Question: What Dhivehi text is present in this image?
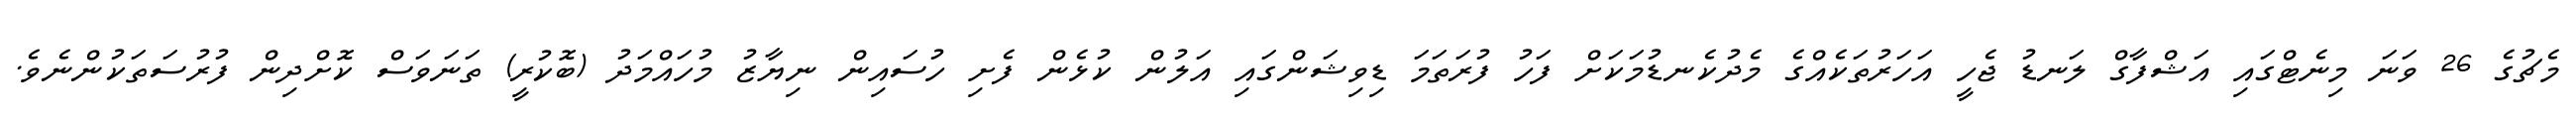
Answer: މެޗުގެ 26 ވަނަ މިނެޓްގައި އަޝްފާގް ލަނޑު ޖެހީ އަހަރުތަކެއްގެ މެދުކެނޑުމަކަށް ފަހު ފުރަތަމަ ޑިވިޝަންގައި އަލުން ކުޅެން ފެށި ހުސައިން ނިޔާޒު މުހައްމަދު (ބޮކުރީ) ތަނަވަސް ކޮށްދިން ފުރުސަތަކުންނެވެ.